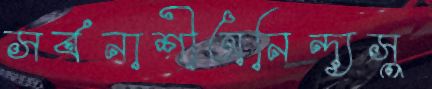
সর্বনাশীঅনিন্দ্যসু